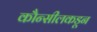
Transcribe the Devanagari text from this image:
कौन्सीलकडून